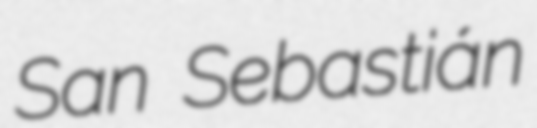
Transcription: San Sebastián